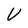
Character: U